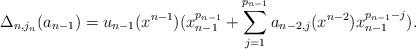
LaTeX: \begin{align*} \Delta_{n,j_n} ( a_{n-1} ) = u_{n-1} (x^{n-1}) (x_{n-1}^{p_{n-1}} + \sum_{j=1}^{p_{n-1}} a_{n-2,j} (x^{n-2}) x_{n-1}^{p_{n-1}-j} ) .\end{align*}